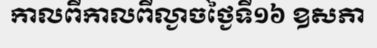
កាលពីកាលពីល្ងាចថ្ងៃទី១៦ ឧសភា